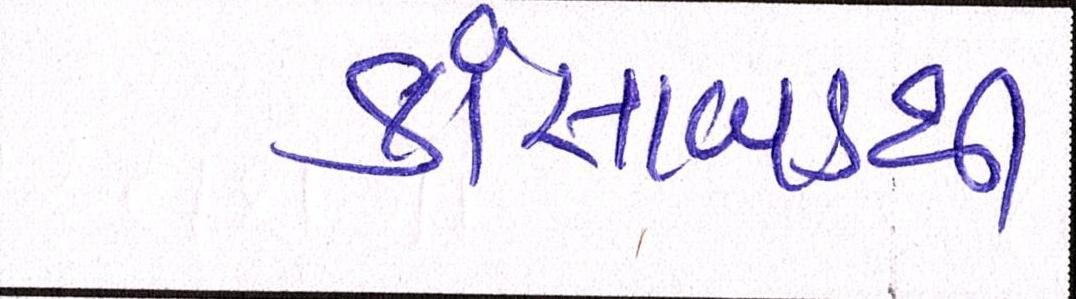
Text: કાંસાબડથી